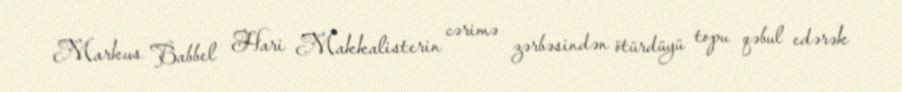
Markus Babbel Hari Makkalisterin cərimə zərbəsindən ötürdüyü topu qəbul edərək